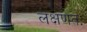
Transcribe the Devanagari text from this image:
लक्षणतः